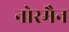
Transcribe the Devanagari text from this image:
नोरमैन